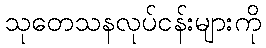
သုတေသနလုပ်ငန်းများကို